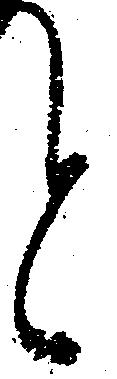
と